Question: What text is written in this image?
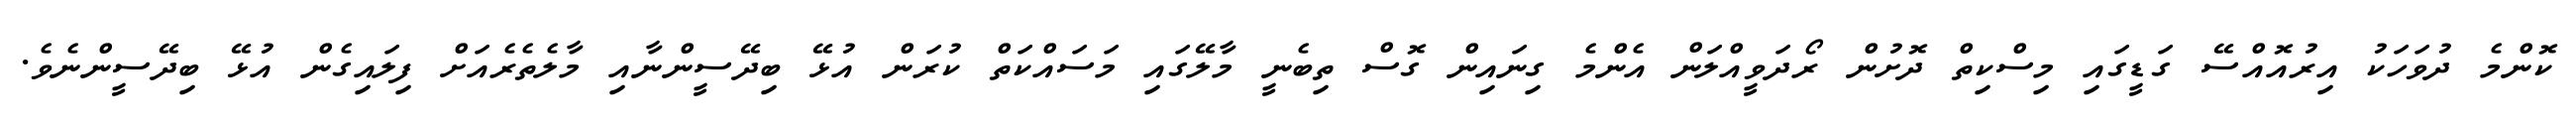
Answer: ކޮންމެ ދުވަހަކު އިރުއޮއްސޭ ގަޑީގައި މިސްކިތް ދޮށުން ރޯދަވީއްލަން އެންމެ ގިނައިން ގޮސް ތިބެނީ މާލޭގައި މަސައްކަތް ކުރަން އުޅޭ ބިދޭސީންނާއި މާލެތެރެއަށް ފިލައިގެން އުޅޭ ބިދޭސީންނެވެ.